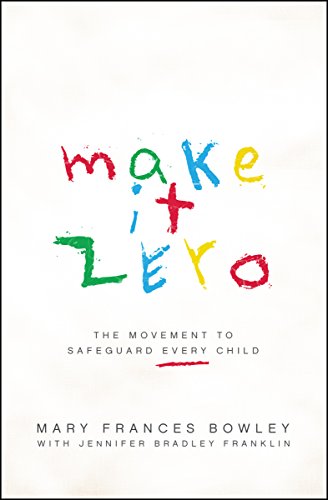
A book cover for Make it Zero: The Movement to Safeguard Every Child; Mary Frances Bowley; Parenting & Relationships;